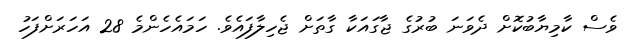
ވެސް ކާމިޔާބުކޮށް ދެވަނަ ބުރުގެ ޖާގައަކާ ގާތަށް ޖެހިލާފައެވެ. ހަމައެހެންމެ 28 އަހަރަށްފަހު